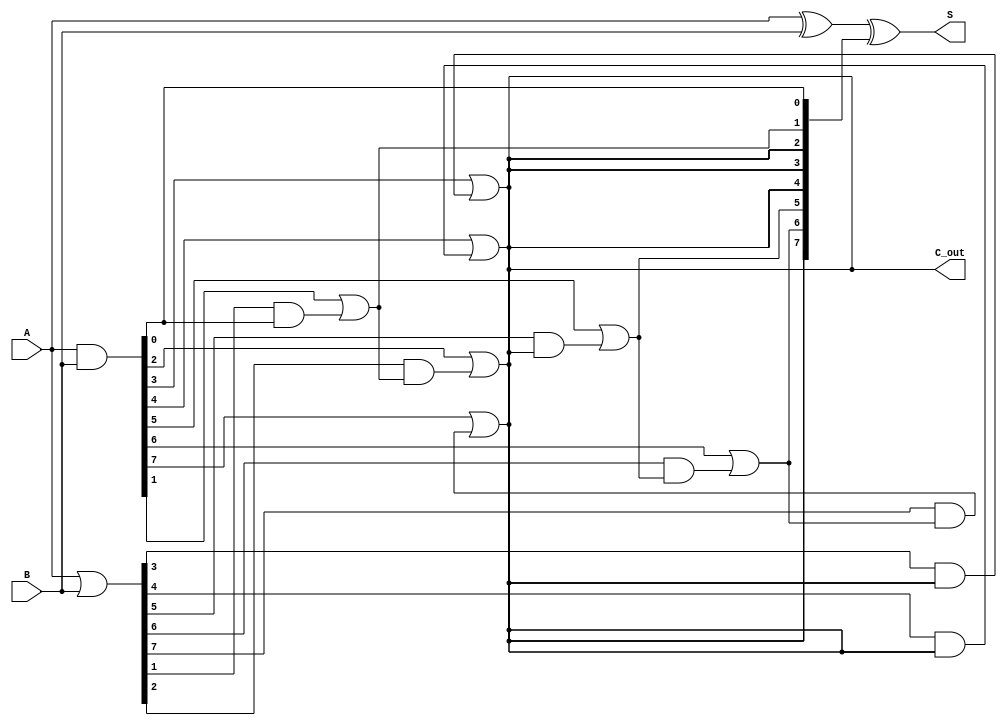
module brent_kung_adder #(parameter N = 8) (
    input [N-1:0] A,      // First input
    input [N-1:0] B,      // Second input
    output [N-1:0] S,     // Sum
    output C_out          // Carry-out
);

    // Generate and Propagate signals
    wire [N-1:0] G; // Generate signals
    wire [N-1:0] P; // Propagate signals
    wire [N:0] C;    // Carry signals

    // Generate and Propagate logic
    assign G = A & B;
    assign P = A | B;

    // Initial carry input
    assign C[0] = 1'b0;

    // Carry propagation - Brent-Kung structure
    genvar i, j;
    // Stage 1: Compute carry for each bit
    generate
        for (i = 0; i < N; i = i + 1) begin : carry_stage1
            assign C[i + 1] = G[i] | (P[i] & C[i]);
        end
    endgenerate

    // Additional stages for hierarchical carry computation
    generate
        for (i = 0; i < $clog2(N); i = i + 1) begin : carry_layers
            for (j = 0; j < (N >> (i + 1)); j = j + 1) begin : carry_block
                assign C[(1 << (i + 1)) + j] = G[(1 << i) + j] | (P[(1 << i) + j] & C[(1 << i) + j]);
            end
        end
    endgenerate

    // Sum calculation using the calculated carry signals
    assign S = A ^ B ^ C[N:1];

    // Carry-out is the last carry
    assign C_out = C[N];

endmodule